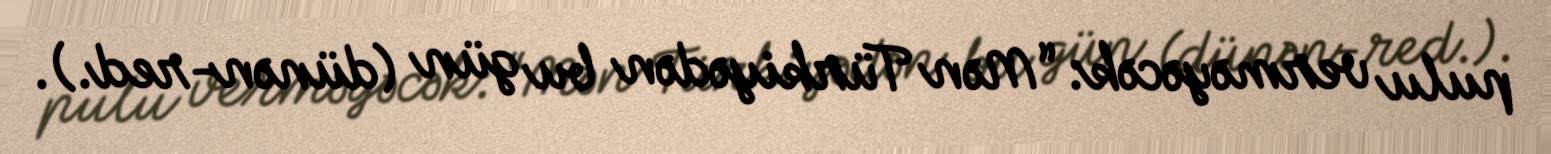
pulu verməyəcək: “Mən Türkiyədən bu gün (dünən-red.).